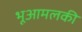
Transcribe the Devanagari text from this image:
भूआमलकी